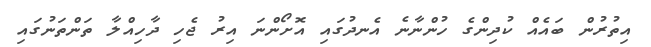
އިތުރުން ބައެއް ކުދިންގެ ހުންނާނެ އެނދުގައި އޮށޯންނަ އިރު ޖެހި ދާހިއްލާ ތަންތަނުގައި